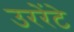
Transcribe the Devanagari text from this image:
उररेंटे